Bréfritari: Geir Gunnarsson
Viðtakandi: Jón Borgfirðingur
Dagsetning: A-1870-06-18
Skrifað á: Árbakka  A-Hún.

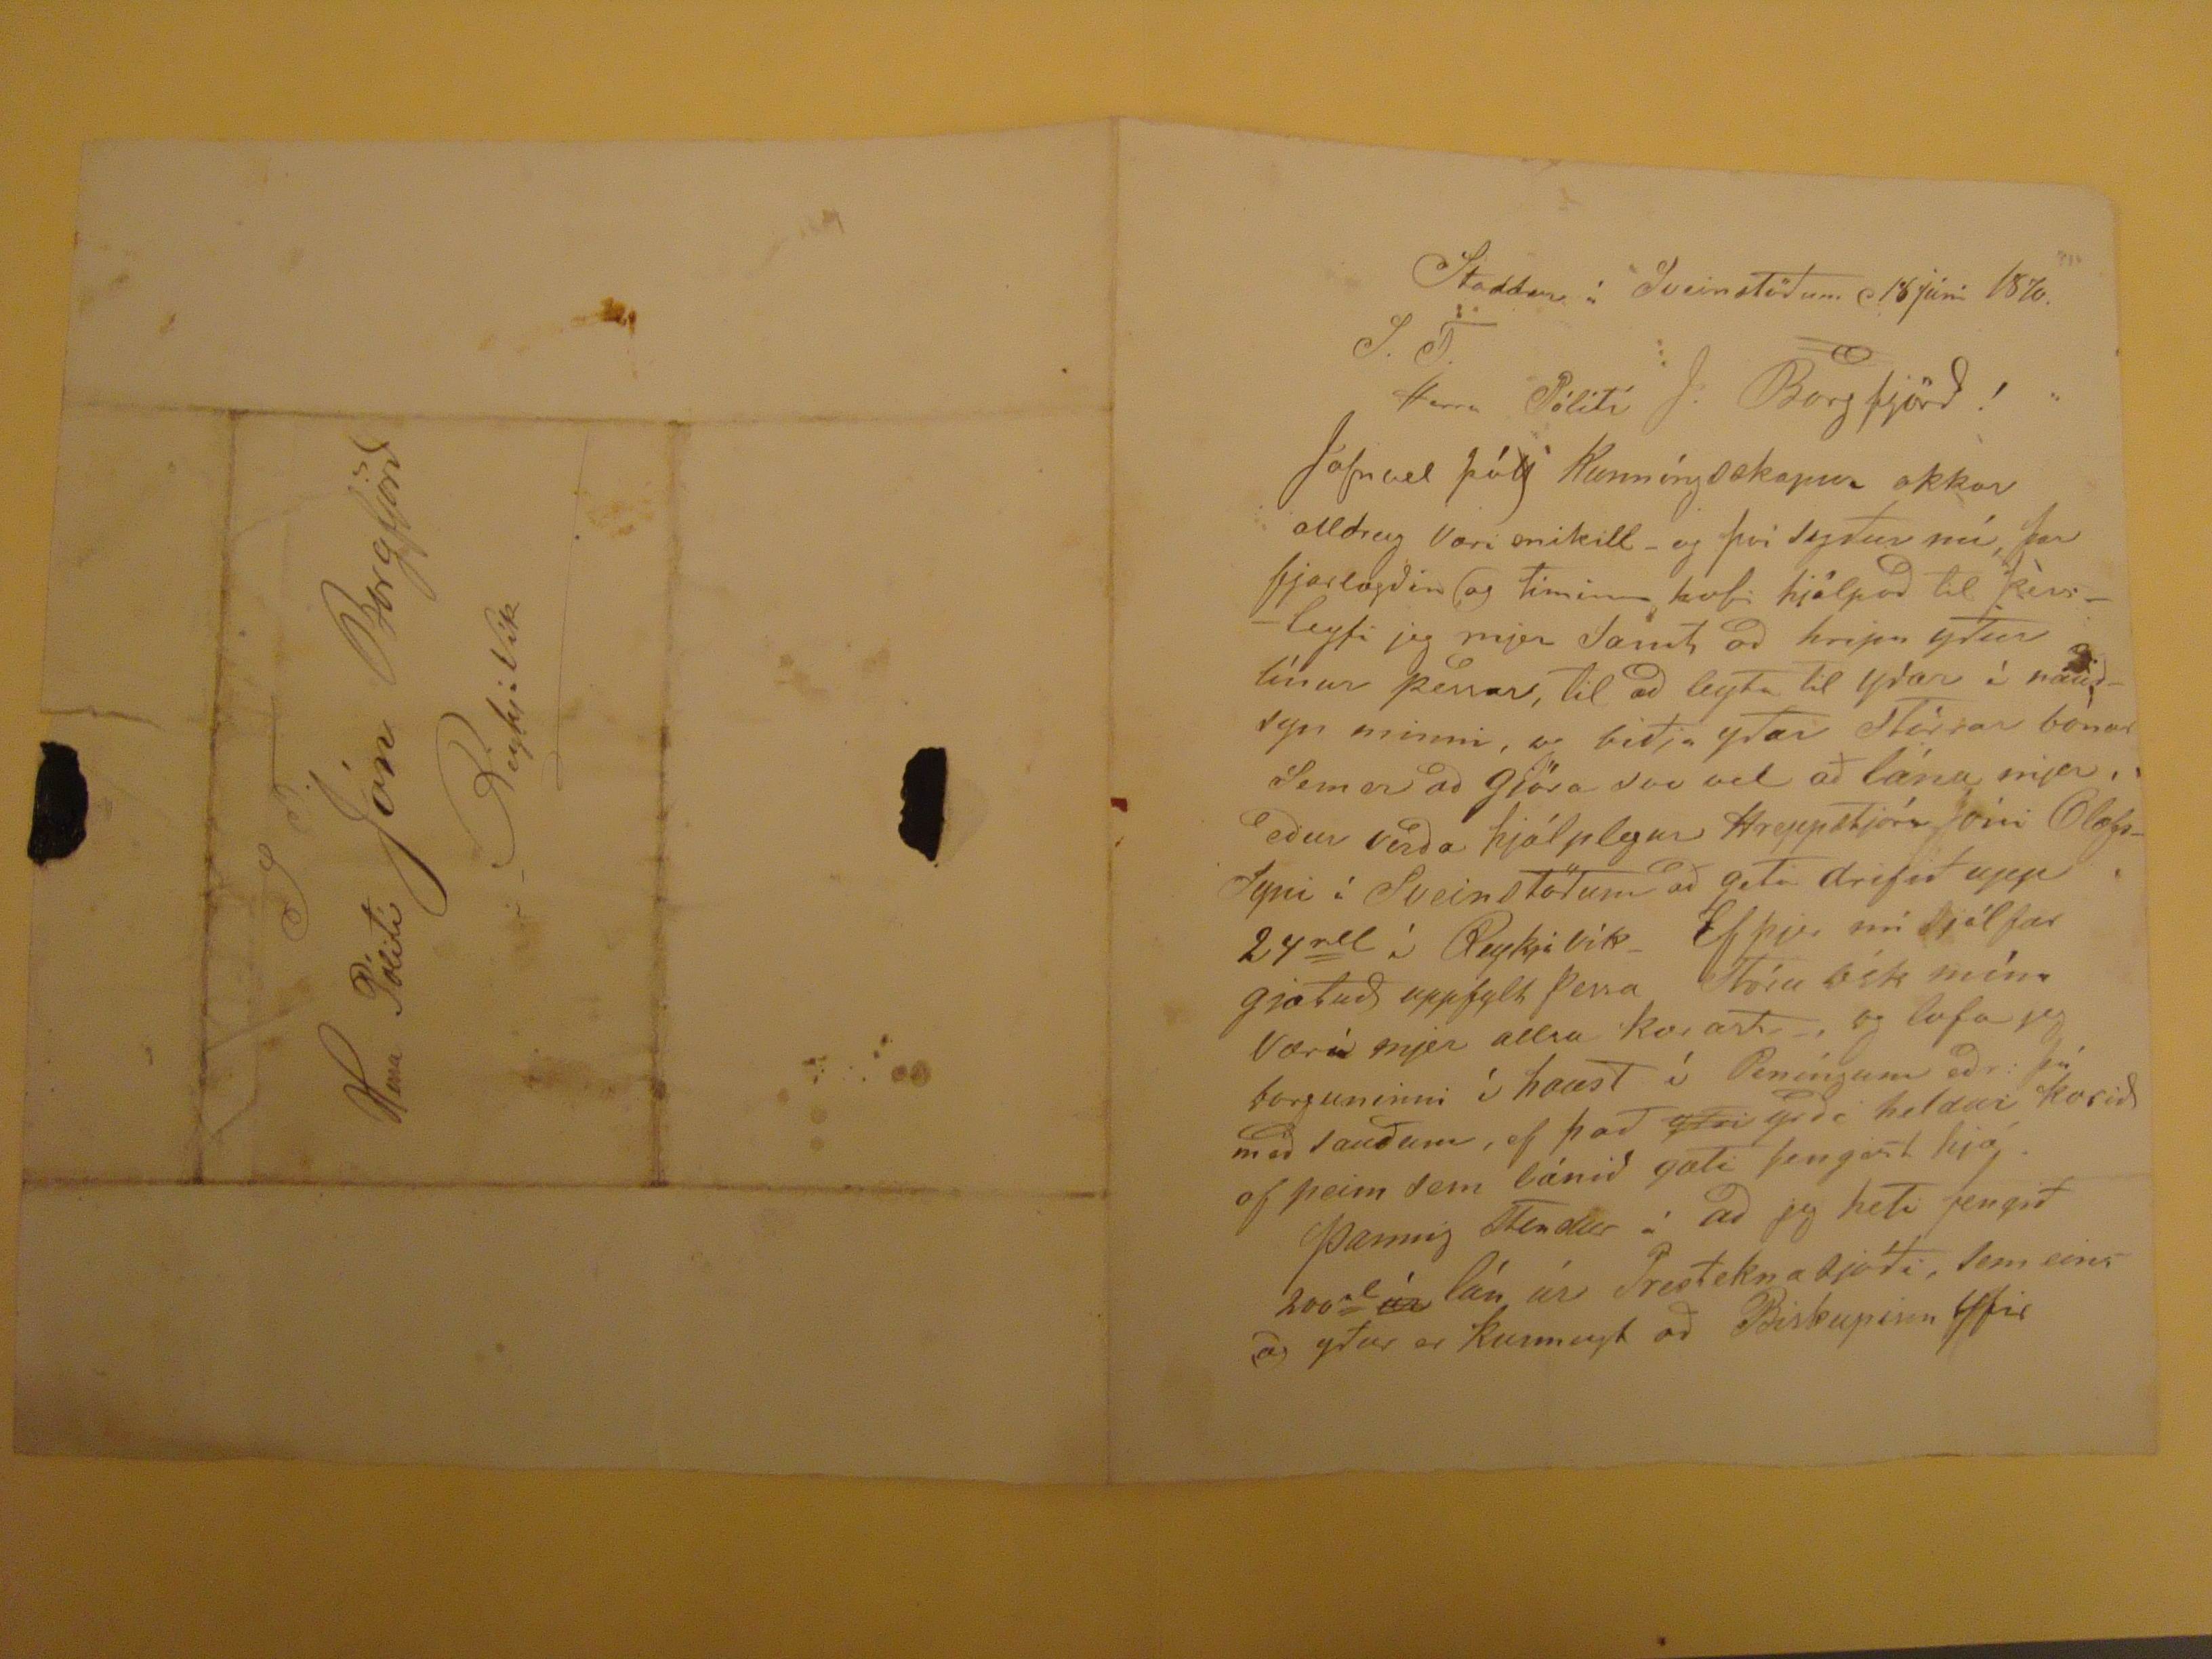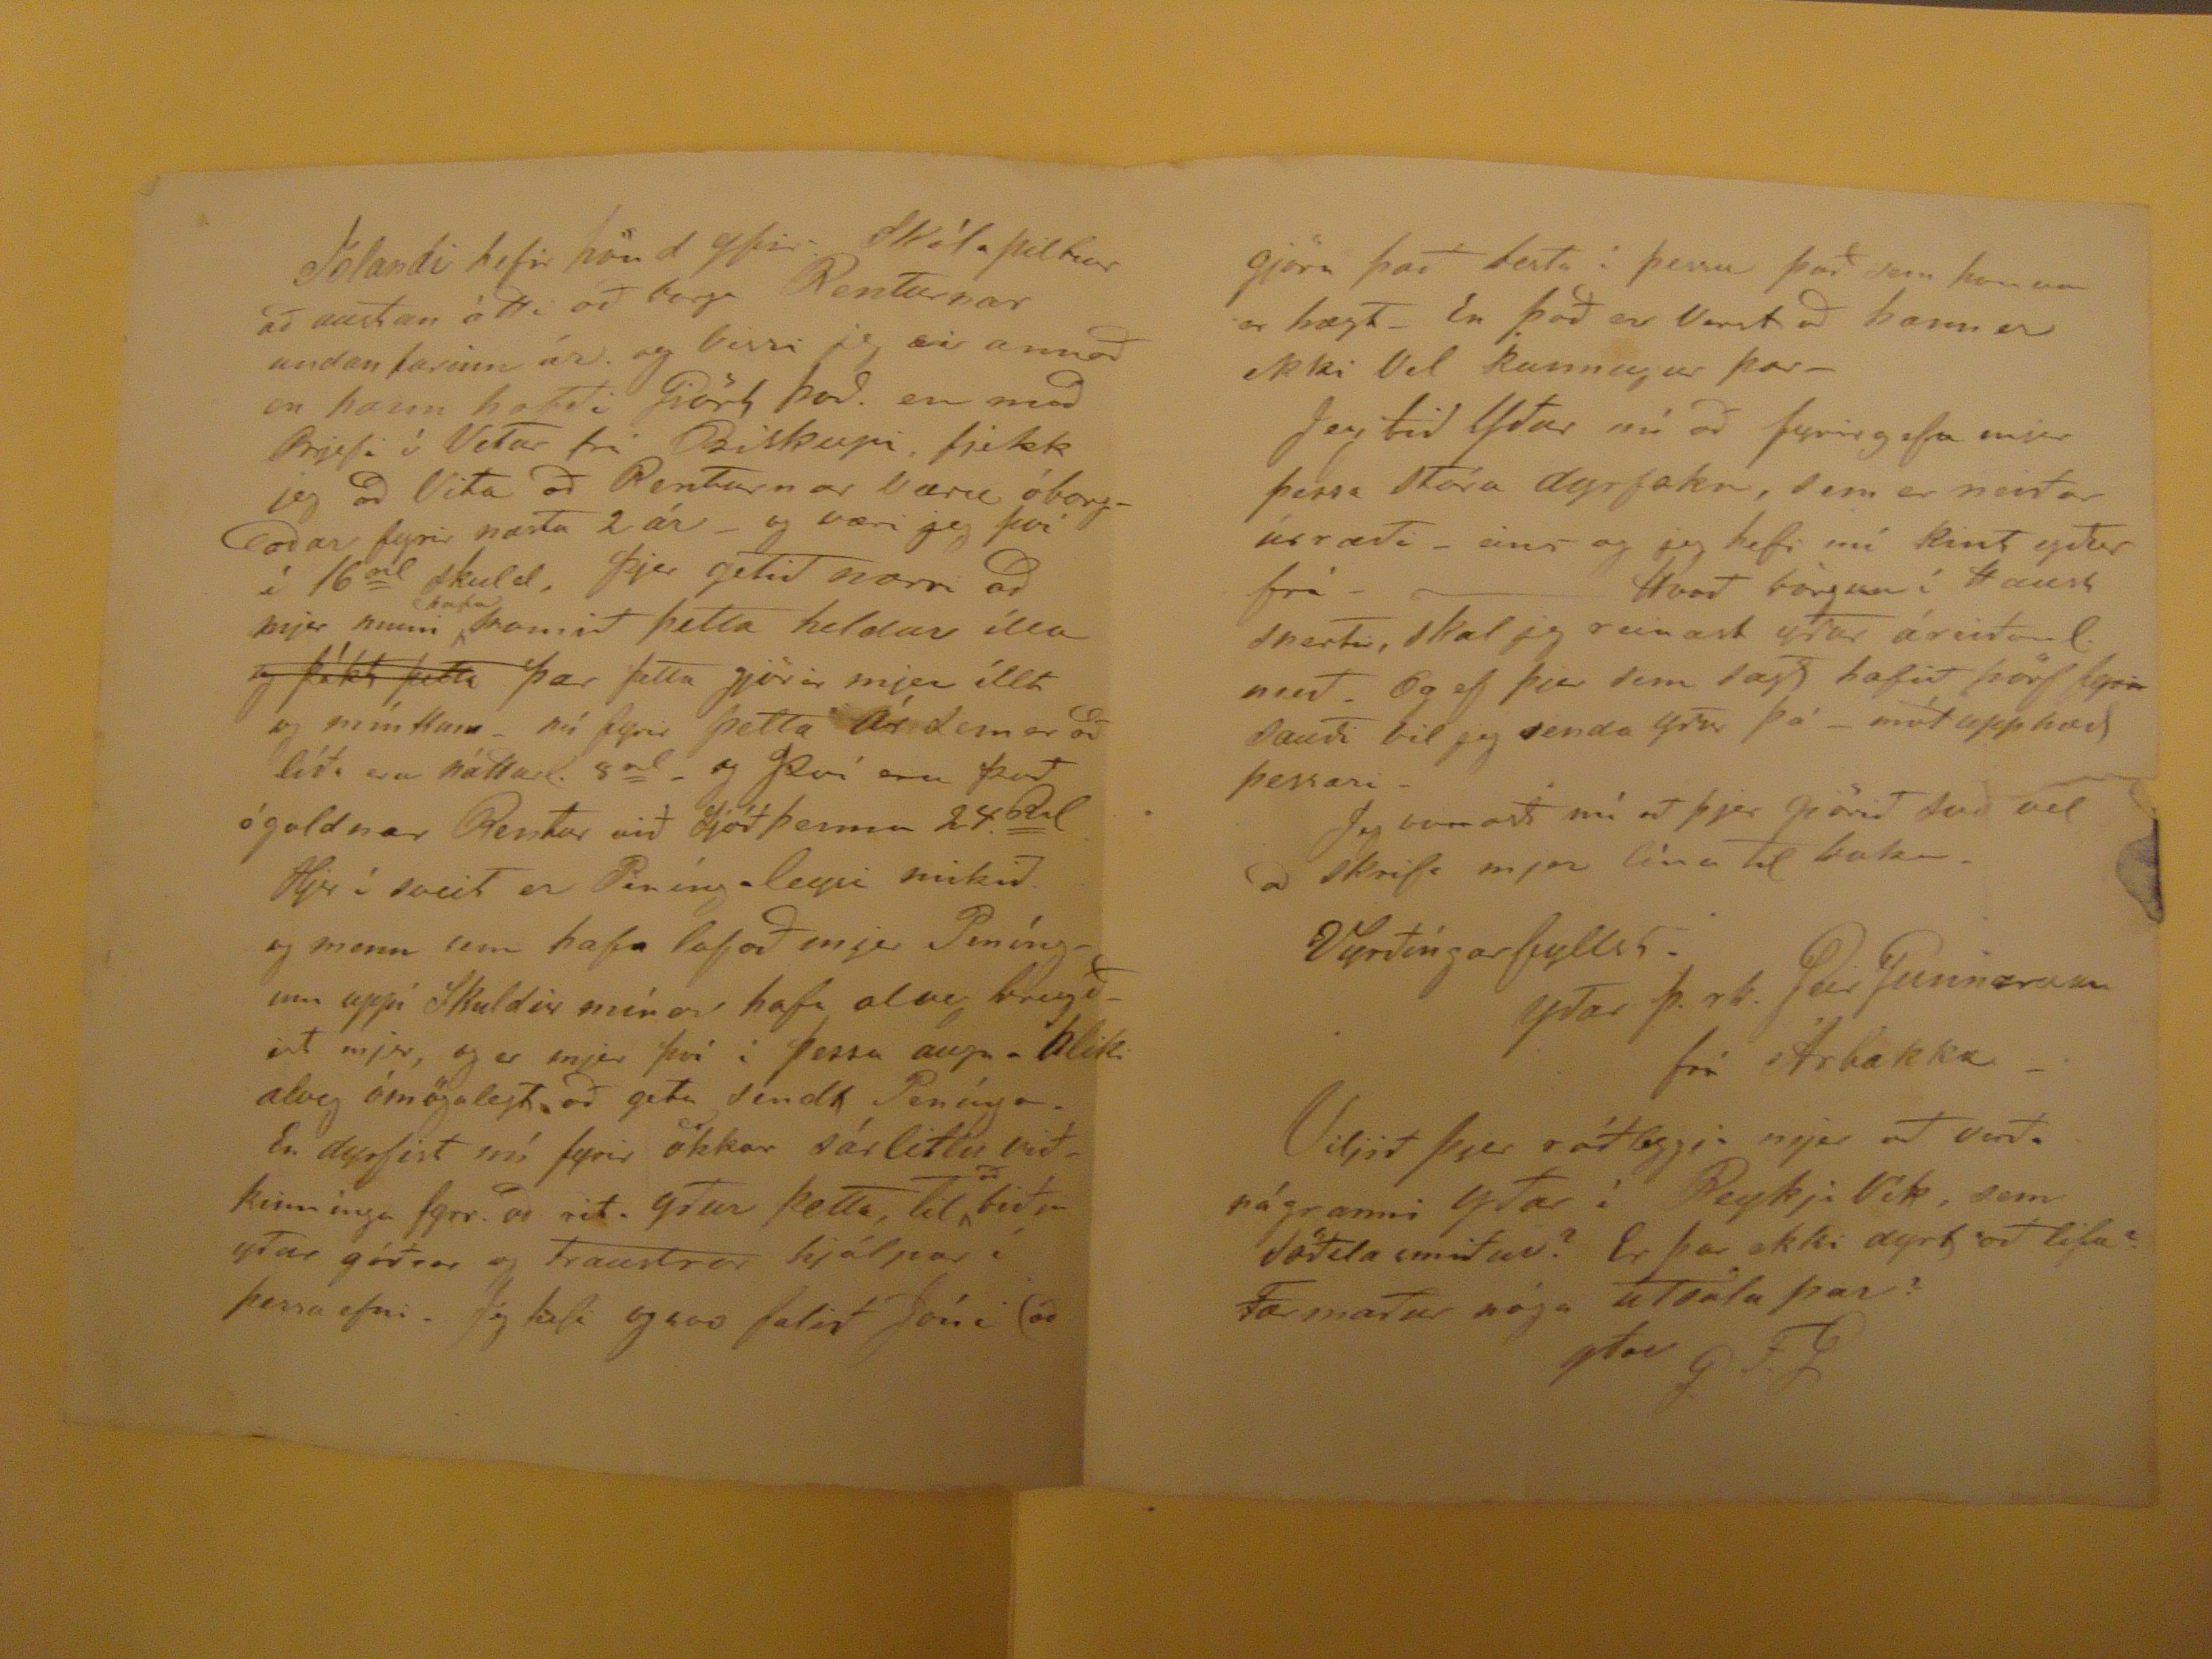

Staddur á Sveinstödum 18 júní 1870.
J. T.
Herra Pólití J. Borgfjörð!
Jafnvel þótt Kunníngsskapur okkar alldrey Væri mikill - og því syður nú, þar fjarlægðin og Timinn hafi hjálpað Til þèss - leyfi jeg mjer Samt að hripa yður lìnur þessar, Til að leyta Til yðar ì naudsyn minni, og biðja yðar STórrar bònar Sem er að gjöra svo vel að lána mjer, edur verda hjálplegur Hreppstjóra Jóni BlægsSyni í Sveinstödum að geta drifið upp 24
rd
í Reykjavík- Ef þú nú Sjálfur gjætuð uppfylt þessa Stóru ósk mína Værí mjer allra
kærasti
-, og lofa jeg borguninni í haust í Peníngum eðr : þú med sauðum, ef það
yTri
yrdi heldur kosid af þeim sem lánið gæTi fengist hjá.
Þannig Stendur á að jeg
heti
fengið 200
al
úr
lán úr
Sreiteknasjóði
, sem eins og yður er Kunnugt að Biskupinn yfir
Jólandi hefir hönd yfir. Skólapiltur að austan átti að borga Renturnar undan farinn ár. og vissi jeg ei annað en hann hafði
Giört
það. en með Brjefi í Vetur frá Biskupi, fjekk jeg að Vita að Renturnar væru óborgadar fyrir næstu 2 ár - og væri jeg því í 16rd skuld, þjer getið nærri að mjer muni
hafa
framið
þetta heldur ílla
og þókt þetta
þar þetta gjörir mjer íllt og
mín ttum
- nú fyrir þetta Ár Sem er að líða eru háttad. 8rd- og því eru það ógoldnar Rentar við Ljóð
Þeirra 24.bdal
Hjer í sveit er Peníngaleysi mikid. og menn sem hafa lofað mjer Peníngum uppí Skuldir mínar hafa alveg brugðist mjer, og er mjer því í þessu augnabliki alveg ómögulegt að geta sendt Penínga. En dyrfist nú fyrir okkar sárlitlu viðkunninga fyrr. að rit. yður þetta, Til
að
biðja yður góðrar og traustrar hjálpar í þessa efni.
Jg hefi
og svo falið Jóni að
gjöra það besta í þessu það sem honum er hægt- En það er
Varst
að hann er ekki Vel kunnugur þar-
Jeg bið Yður nú að fyrirgefa mjer þessa Stóra
dyrfsku
, sem er neiðar úrræði- eins og jeg hefi nú kint yður frá- Hvað bòrgun í Haust snertir, skal jeg reinast yður áreiðandi
með
- Og ef þjer sem sagt hafið þörf fyrir
Dauði
vil jeg senda yður þó- mót upphæð þessari-
Jeg vonaði nú að þjer giörið svo vel ad skrifa mjer línu Til baka.
Vyrðíngarfyllst.
yðar þ. rk. Geir Gunnarsson
frá Árbakka-
Viljið þjer ráðleggja mjer að verða nágranni yðar í Reykja Vík, sem söðla smiður? Er þar ekki dyrt að lifa? Fær maður nóga
útsölu
þar?
yðar G. F. G
J T.
Herra Pólití Jón Borgfjörð
ReykjVík